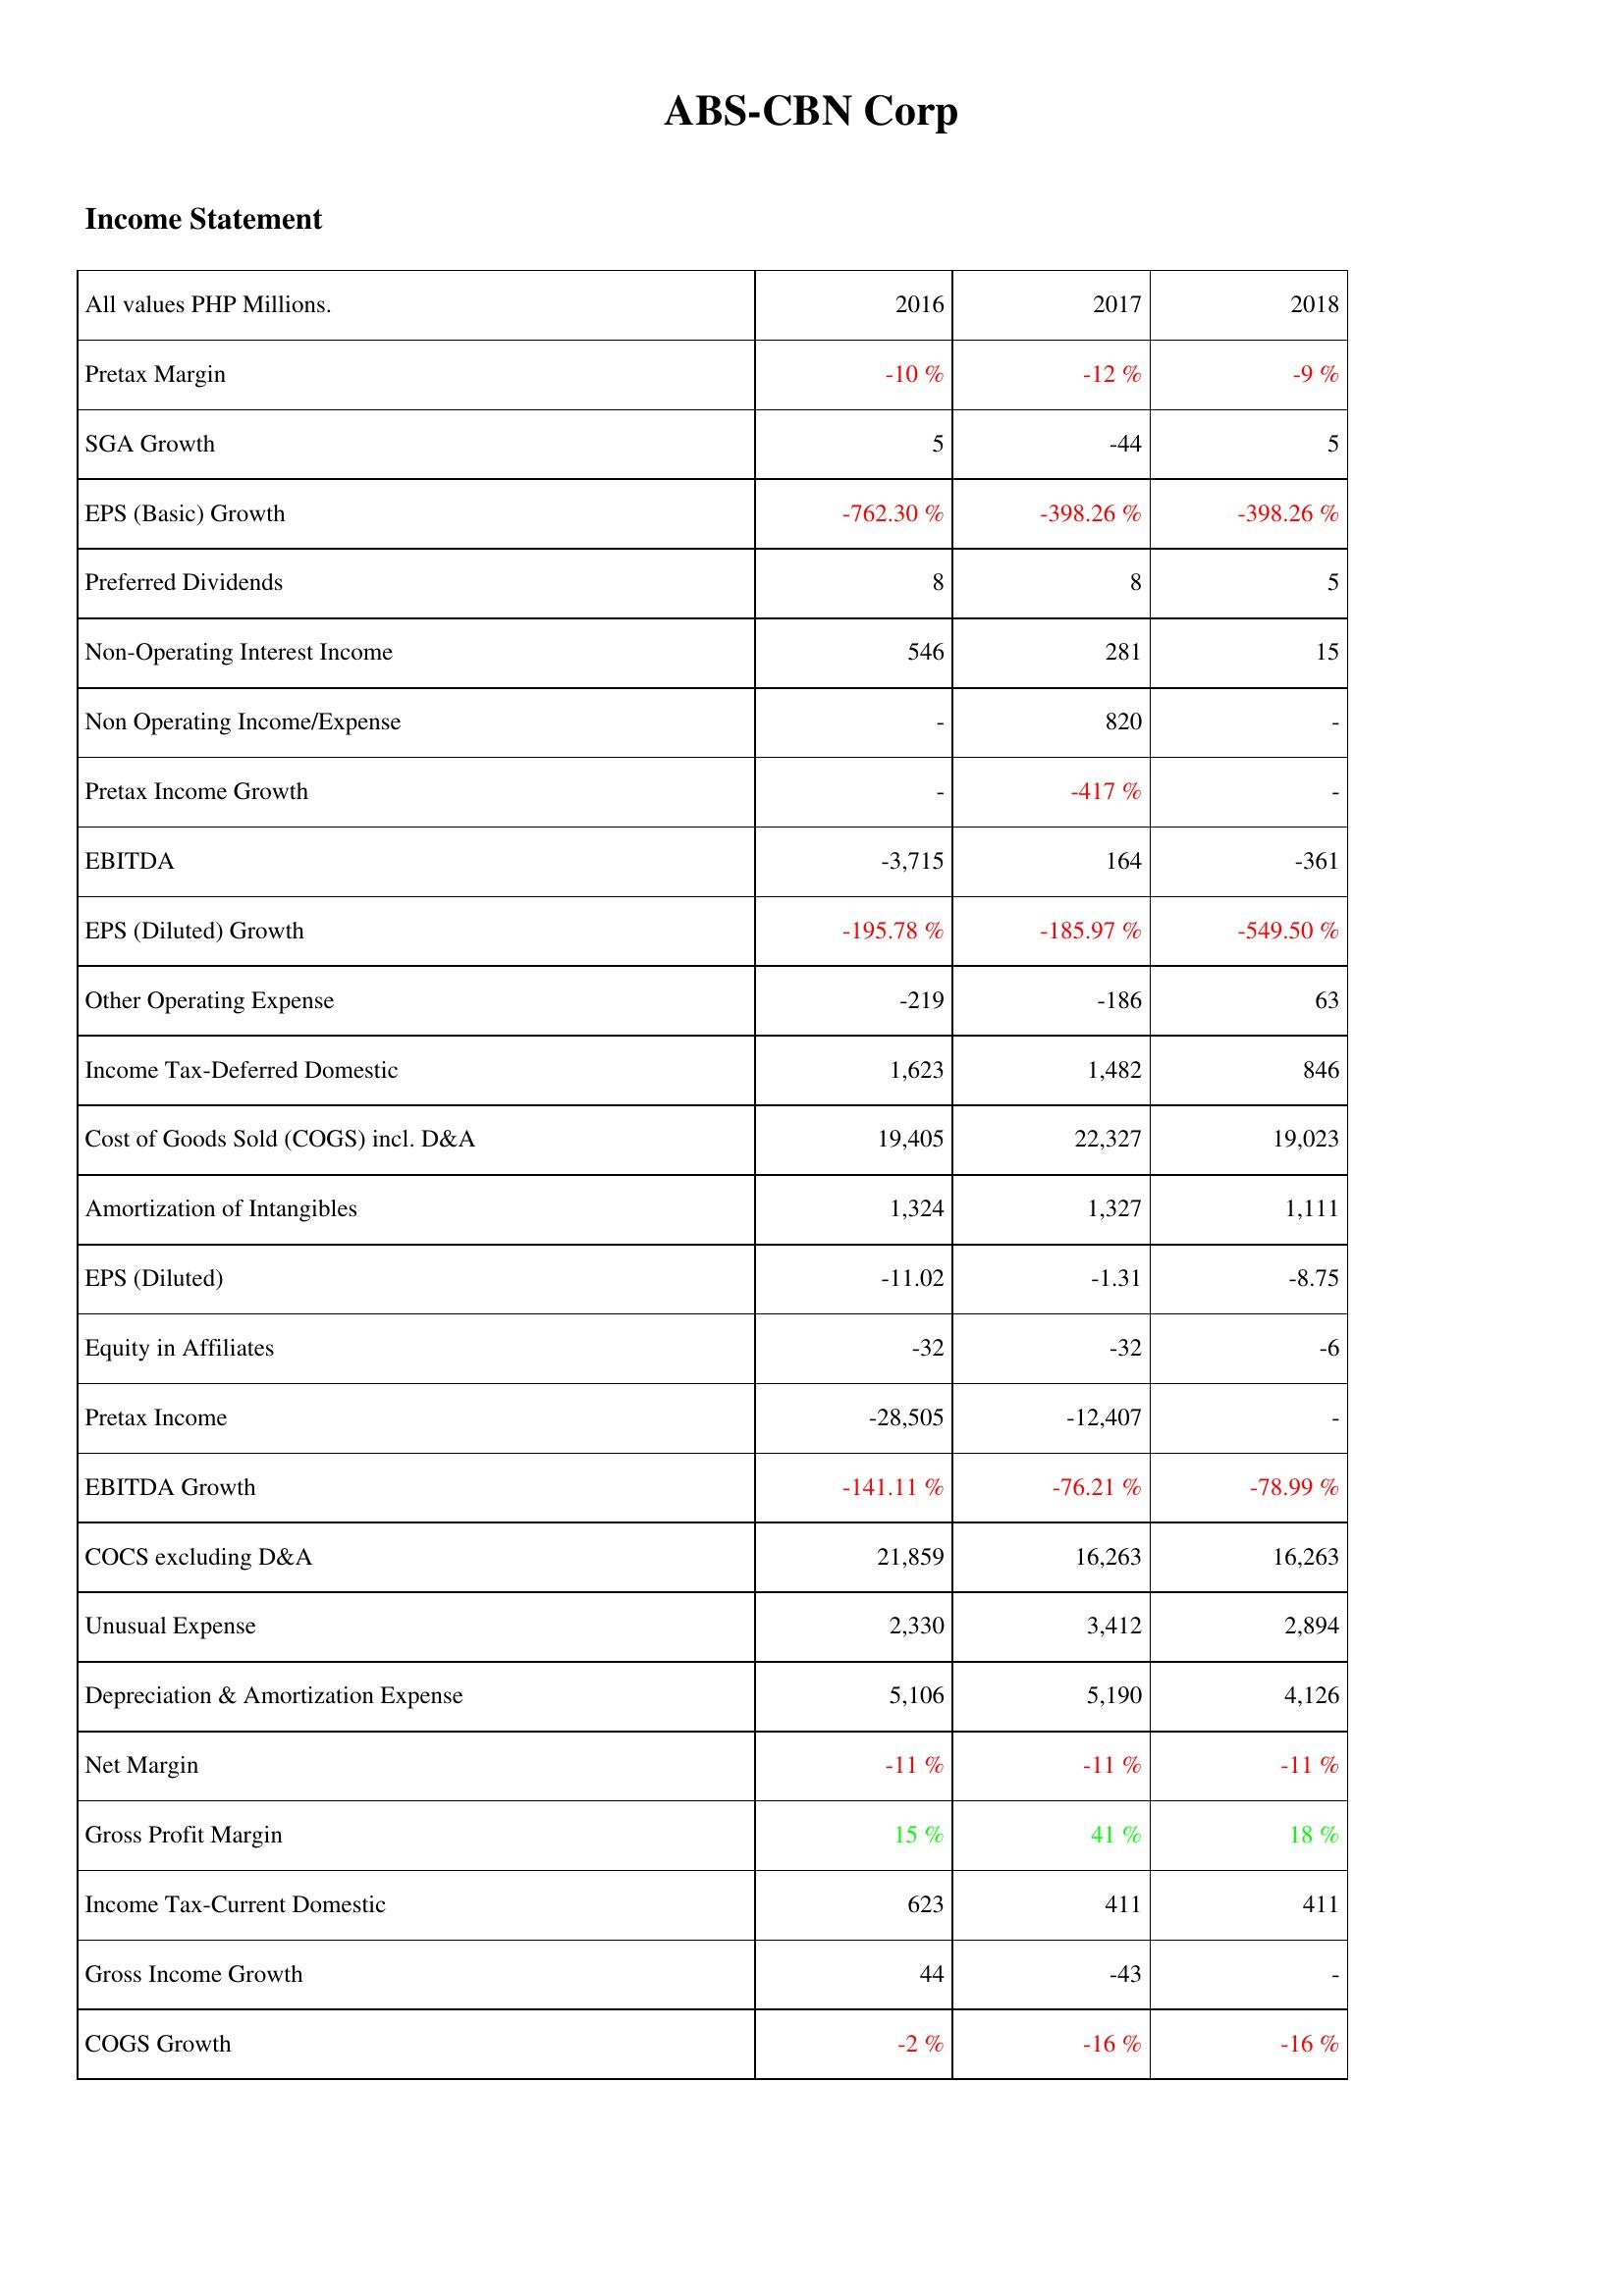
2016: Income Statement: Pretax Margin: -10 %
SGA Growth: 5
EPS (Basic) Growth: -762.30 %
Preferred Dividends: 8
Non-Operating Interest Income: 546
Non Operating Income/Expense: -
Pretax Income Growth: -
EBITDA: -3,715
EPS (Diluted) Growth: -195.78 %
Other Operating Expense: -219
Income Tax-Deferred Domestic: 1,623
Cost of Goods Sold (COGS) incl. D&A: 19,405
Amortization of Intangibles: 1,324
EPS (Diluted): -11.02
Equity in Affiliates: -32
Pretax Income: -28,505
EBITDA Growth: -141.11 %
COCS excluding D&A: 21,859
Unusual Expense: 2,330
Depreciation & Amortization Expense: 5,106
Net Margin: -11 %
Gross Profit Margin: 15 %
Income Tax-Current Domestic: 623
Gross Income Growth: 44
COGS Growth: -2 %
2017: Income Statement: Pretax Margin: -12 %
SGA Growth: -44
EPS (Basic) Growth: -398.26 %
Preferred Dividends: 8
Non-Operating Interest Income: 281
Non Operating Income/Expense: 820
Pretax Income Growth: -417 %
EBITDA: 164
EPS (Diluted) Growth: -185.97 %
Other Operating Expense: -186
Income Tax-Deferred Domestic: 1,482
Cost of Goods Sold (COGS) incl. D&A: 22,327
Amortization of Intangibles: 1,327
EPS (Diluted): -1.31
Equity in Affiliates: -32
Pretax Income: -12,407
EBITDA Growth: -76.21 %
COCS excluding D&A: 16,263
Unusual Expense: 3,412
Depreciation & Amortization Expense: 5,190
Net Margin: -11 %
Gross Profit Margin: 41 %
Income Tax-Current Domestic: 411
Gross Income Growth: -43
COGS Growth: -16 %
2018: Income Statement: Pretax Margin: -9 %
SGA Growth: 5
EPS (Basic) Growth: -398.26 %
Preferred Dividends: 5
Non-Operating Interest Income: 15
Non Operating Income/Expense: -
Pretax Income Growth: -
EBITDA: -361
EPS (Diluted) Growth: -549.50 %
Other Operating Expense: 63
Income Tax-Deferred Domestic: 846
Cost of Goods Sold (COGS) incl. D&A: 19,023
Amortization of Intangibles: 1,111
EPS (Diluted): -8.75
Equity in Affiliates: -6
Pretax Income: -
EBITDA Growth: -78.99 %
COCS excluding D&A: 16,263
Unusual Expense: 2,894
Depreciation & Amortization Expense: 4,126
Net Margin: -11 %
Gross Profit Margin: 18 %
Income Tax-Current Domestic: 411
Gross Income Growth: -
COGS Growth: -16 %